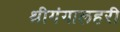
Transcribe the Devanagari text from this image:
श्रीगंगालहरी